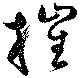
摧